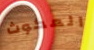
المكوث